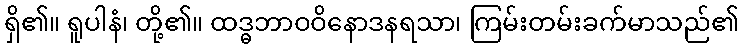
ရှိ၏။ ရူပါနံ၊ တို့၏။ ထဒ္ဓဘာဝဝိနောဒနရသာ၊ ကြမ်းတမ်းခက်မာသည်၏